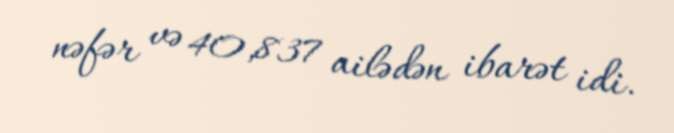
nəfər və 40,837 ailədən ibarət idi.